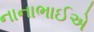
નાનાભાઈએ